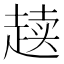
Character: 𰷸